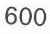
600